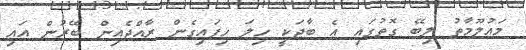
މައުލޫމާތު ލިބޭ ގޮތުގައި އެ ބާޖަކީ ހިލަ ހިފައިގެން ރާއްޖެއިން ބޭރުން އައި